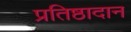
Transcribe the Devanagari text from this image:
प्रतिष्ठादान